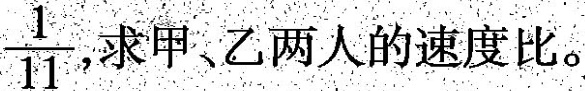
\frac{1}{11}，求甲、乙两人的速度。